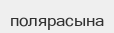
полярасына